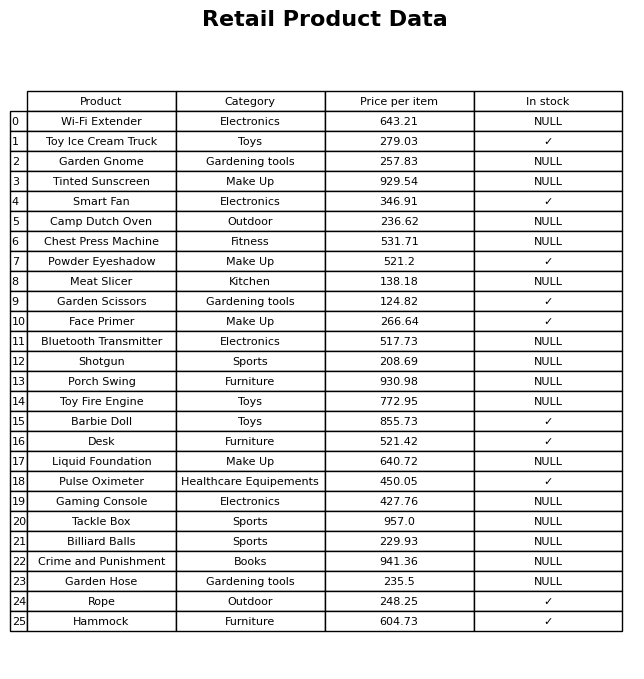
question: What is the price of the Garden Scissors?
answer: The price of Garden Scissors is 124.82.